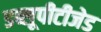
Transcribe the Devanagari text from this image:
डब्लूपीटीजेड